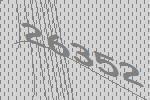
26352